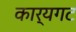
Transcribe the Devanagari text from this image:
कार्यगट